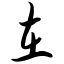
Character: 在